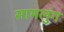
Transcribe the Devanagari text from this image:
सामलुंग